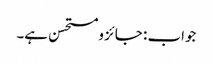
جواب : جائز ومستحسن ہے۔